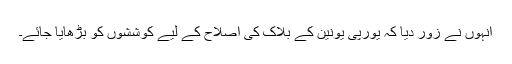
انہوں نے زور دیا کہ یورپی یونین کے بلاک کی اصلاح کے لیے کوششوں کو بڑھایا جائے۔